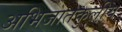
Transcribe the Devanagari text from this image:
अभिजातकुलीय